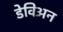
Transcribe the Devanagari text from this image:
डेविअन